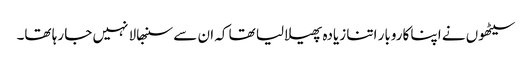
سیٹھوں نے اپنا کاروبار اتنا زیادہ پھیلا لیا تھا کہ ان سے سنبھالا نہیں جا رہا تھا۔